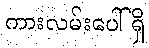
ကားလမ်းပေါ်ရှိ